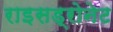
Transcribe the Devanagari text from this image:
राइसड्रोनेट